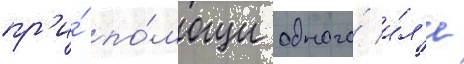
пр'и́ по́мощи одного́ и́л'и